Cholera in India, 1862 to 1881
Year: 1862
Disease focus: Cholera
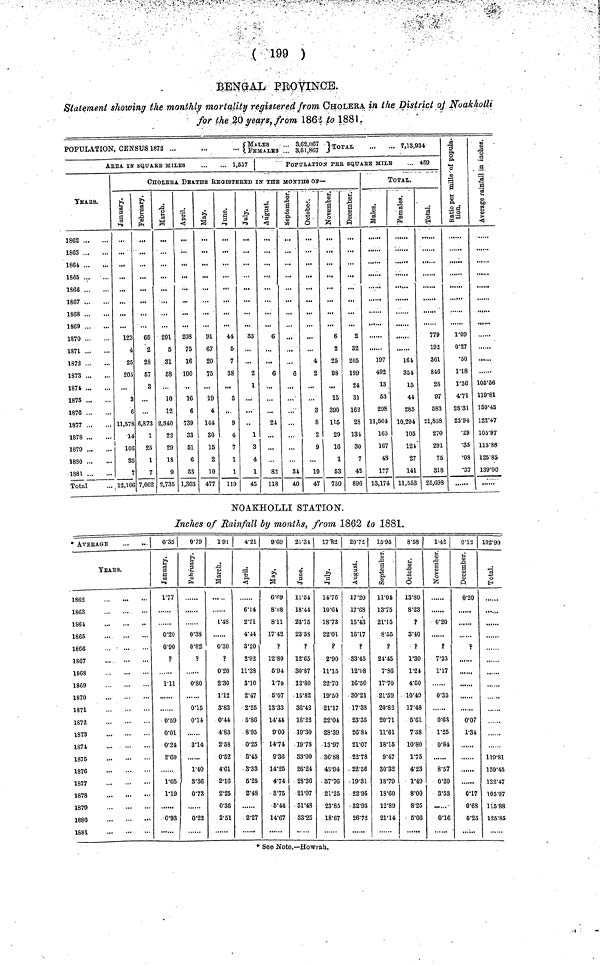
( 199 )
BENGAL PROVINCE.
Statement showing the monthly mortality registered from CHOLERA in the District of Noakholli
for the 20 years, from 1862 to 1881.
POPULATION, CENSUS 1872 ...
...
••• {MALES ... FEMALES.. 3,62,067,3,51,867 }TOTAL 7,13,934
AREA IN SQUARE MILES
1,557
YEARS.
1862
1863
1864
1865
1866
1867
1868
1869
1870
1871
1872
1873
1874
1875
1876
1877
1878
1879
1880
1881
Total
POPULATION PEr SQUArE MILE ... 459
CHOLERA DEATHS REGISTERED IN THE MONTHS OF—
January.
123
4
25
205
...
3
6
11,578
14
106
85
7
12,106
February.
65
2
28
57
3
...
...
6,873
1
25
1
7
7,062
March.
201
5
31
58
10
12
2,340
22
29
18
9
2,735
April.
208
75
16
100
16
6
739
83
51
6
53
1,303
May,
91
67
20
75
19
4
144
30
15
2
10
477
June.
44
5
7
38
3
9
4
7
1
1
119
July.
33
...
2
1
..
1
3
4
1
45
August.
6
...
6
21
...
...
82
118
September.
...
...
6
34
40
October.
...
4
2
3
8
2
9
...
19
47
November.
6
2
25
93
15
390
115
29
16
1
53
750
December.
2
32
205
199
24
31
162
28
134
30
7
42
896
TOTAL.
Males.
197
492
13
53
298
11,564
165
167
43
177
13,174
Females.
......
161
351
15
41
285
10,294
105
121
27
141
11,553
Total.
779
192
361
846
28
97
583
•21,858
270
291
75
818
25,698
Ratio per mille
of population.
1.09
0.27
•50
1.18
1.36
4.71
28.31
23.94
•29
•35
•08
•37
Average rainfall
in inches.
......
105.56
119.81
159.45
122.47
105.97
115.88
125.85
139.00
NOAKHOLLI STATION.
Inches of Rainfall by months, from 1862 to 1881.
* AVERAGE
YEARS.
1863
1863
1861
1865
1866
1867
1863
1869
1870
1871
1872
1873
1874
1875
1876
1877
1878
1879
1880
-
1881
0.35
January.
1.77
0.20
0.90
?
1.11
0.59
0.01
0.24
2.60
1.05
1.19
0.93
0.79
February.
0.38
0.82
?
0.80
0.15
0.14
3.14
1.40
3.36
0.73
0.22
1.91
March.
1.48
0.30
?
0.20
2.30
1.12
3.83
0.44
4.83
2.53
0.52
4.61
2.16
2.25
0.36
2.51
4.21
April.
6.14
2.71
4.44
3.20
2.92
11.38
3.10
2.47
2.26
5.86
8.95
0.26
3.45
3.33
5.25
2.48
2.27
9.69
May.
6.69
8.08
8.11
17.42
?
12.80
6.94
1.70
6.07
13.33
14.44
0.00
14.74
9.36
14.25
4.74
3.75
5.44
14.67
21.31
June.
11.54
18.44
23.75
23.53
?
12.65
30.87
12.80
15.82
36.42
10.22
19.30
19.78
83.00
26.24
28.36
21.07
31.48
33.25
17.132
July.
14.76
10.61
18.73
22.01
?
2.90
11.15
22.70
19.50
21.17
22.04
28.39
13.97
36.88
43.94
37.76
21.25
23.85
18.67
20.72
August.
17.20
17.68
15.43
16.17
?
83.45
12.08
16.50
30.21
17.38
23.35
26.84
21.07
22.78
22.56
19.31
22.95
82.93
26.72
15.95
September.
11.04
13.75
21.15
8.55
?
24.45
7.86
17.70
21.59
20.82
20.71
11.61
18.15
9.47
30.32
18.79
18.60
12.89
21.14
8.58
October.
13.80
8.23
?
3.40
?
1.30
1.21
4.50
10.49
17.48
5.61
7.38
10.80
1.75
4.23
1.49
8.00
8.25
6.06
1.42
November.
0.20
?
7.25
1.17
0.35
0.63
1.25
0.84
......
8.57
0.20
3.53
......
0.16
0.12
December.
0.20
?
......
......
0.07
1.31
......
0.17
0.68
0.25
102.90
Total.
119.81
159.45
122.17
105.97
115.88
125.85
* See Note.—Howrah.